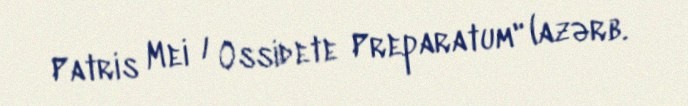
Patris Mei / Ossidete Preparatum" (azərb.